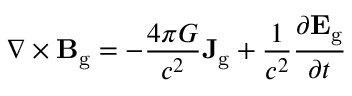
\nabla \times \mathbf { B } _ { \mathrm { g } } = - { \frac { 4 \pi G } { c ^ { 2 } } } \mathbf { J } _ { \mathrm { g } } + { \frac { 1 } { c ^ { 2 } } } { \frac { \partial \mathbf { E } _ { \mathrm { g } } } { \partial t } }